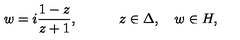
w = i { \frac { 1 - z } { z + 1 } } , \quad \qquad z \in \Delta , \quad w \in H ,